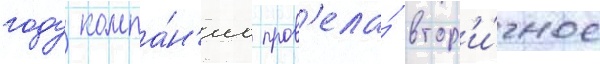
году компа́н'иа пров'ела́ втор'и́чное